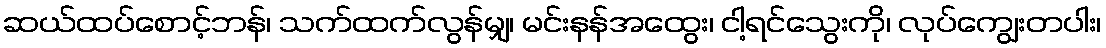
ဆယ်ထပ်စောင့်ဘန်၊ သက်ထက်လွန်မျှ၊ မင်းနန်အထွေး၊ ငါ့ရင်သွေးကို၊ လုပ်ကျွေးတပါး၊